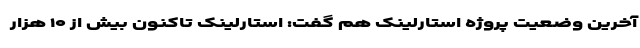
آخرین وضعیت پروژه استارلینک هم گفت: استارلینک تاکنون بیش از ۱۰ هزار